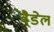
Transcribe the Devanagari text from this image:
वैडेल